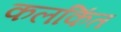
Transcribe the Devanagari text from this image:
कलकिंत